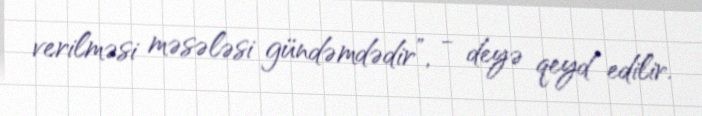
verilməsi məsələsi gündəmdədir”, - deyə qeyd edilir.